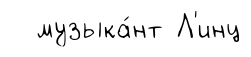
музыка́нт Л'инц